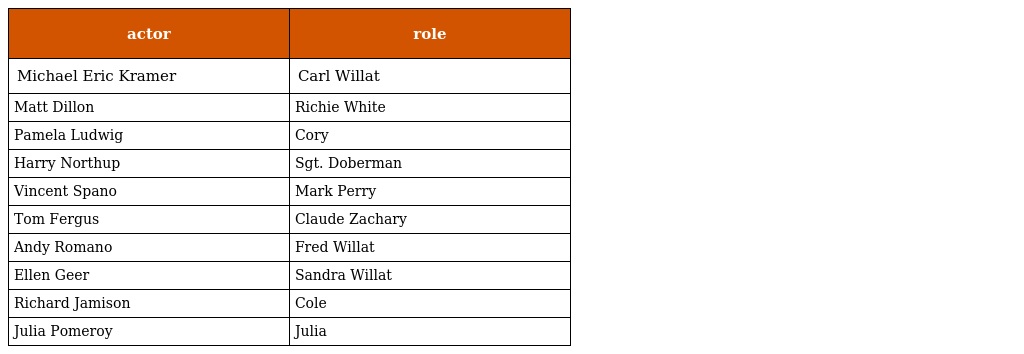
| actor | role |
 | --- | --- |
 | Michael Eric Kramer | Carl Willat |
 | Matt Dillon | Richie White |
 | Pamela Ludwig | Cory |
 | Harry Northup | Sgt. Doberman |
 | Vincent Spano | Mark Perry |
 | Tom Fergus | Claude Zachary |
 | Andy Romano | Fred Willat |
 | Ellen Geer | Sandra Willat |
 | Richard Jamison | Cole |
 | Julia Pomeroy | Julia |